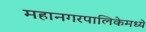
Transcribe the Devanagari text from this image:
महानगरपालिकेमध्ये